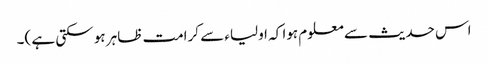
اس حدیث سے معلوم ہوا کہ اولیاء سے کرامت ظاہر ہو سکتی ہے )۔